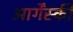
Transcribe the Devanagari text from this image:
आर्गेंस्की